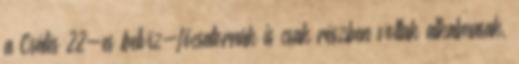
a Csátés 22-es belvíz-fõcsatornák is csak részben voltak alkalmasak,